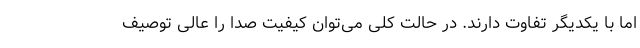
اما با یکدیگر تفاوت دارند. در حالت کلی می‌توان کیفیت صدا را عالی توصیف